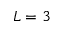
L = 3